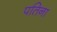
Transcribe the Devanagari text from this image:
पतिना